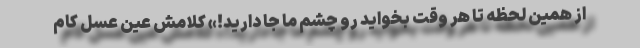
از همین لحظه تا هر وقت بخواید رو چشم ما جا دارید!» کلامش عین عسل کام